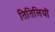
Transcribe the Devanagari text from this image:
तितिलियों